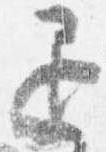
退